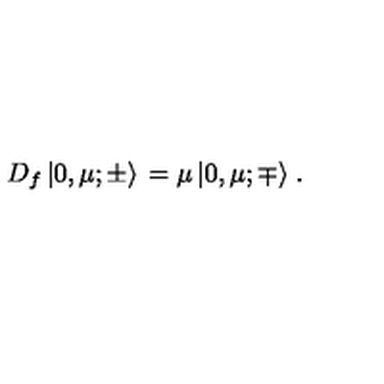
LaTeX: D _ { f } \left| 0 , \mu ; \pm \rangle \right. = \mu \left| 0 , \mu ; \mp \rangle \right. .